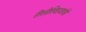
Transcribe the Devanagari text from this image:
रीतीरिवाजांची